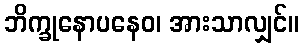
ဘိက္ခုနောပနေဝ၊ အားသာလျှင်။